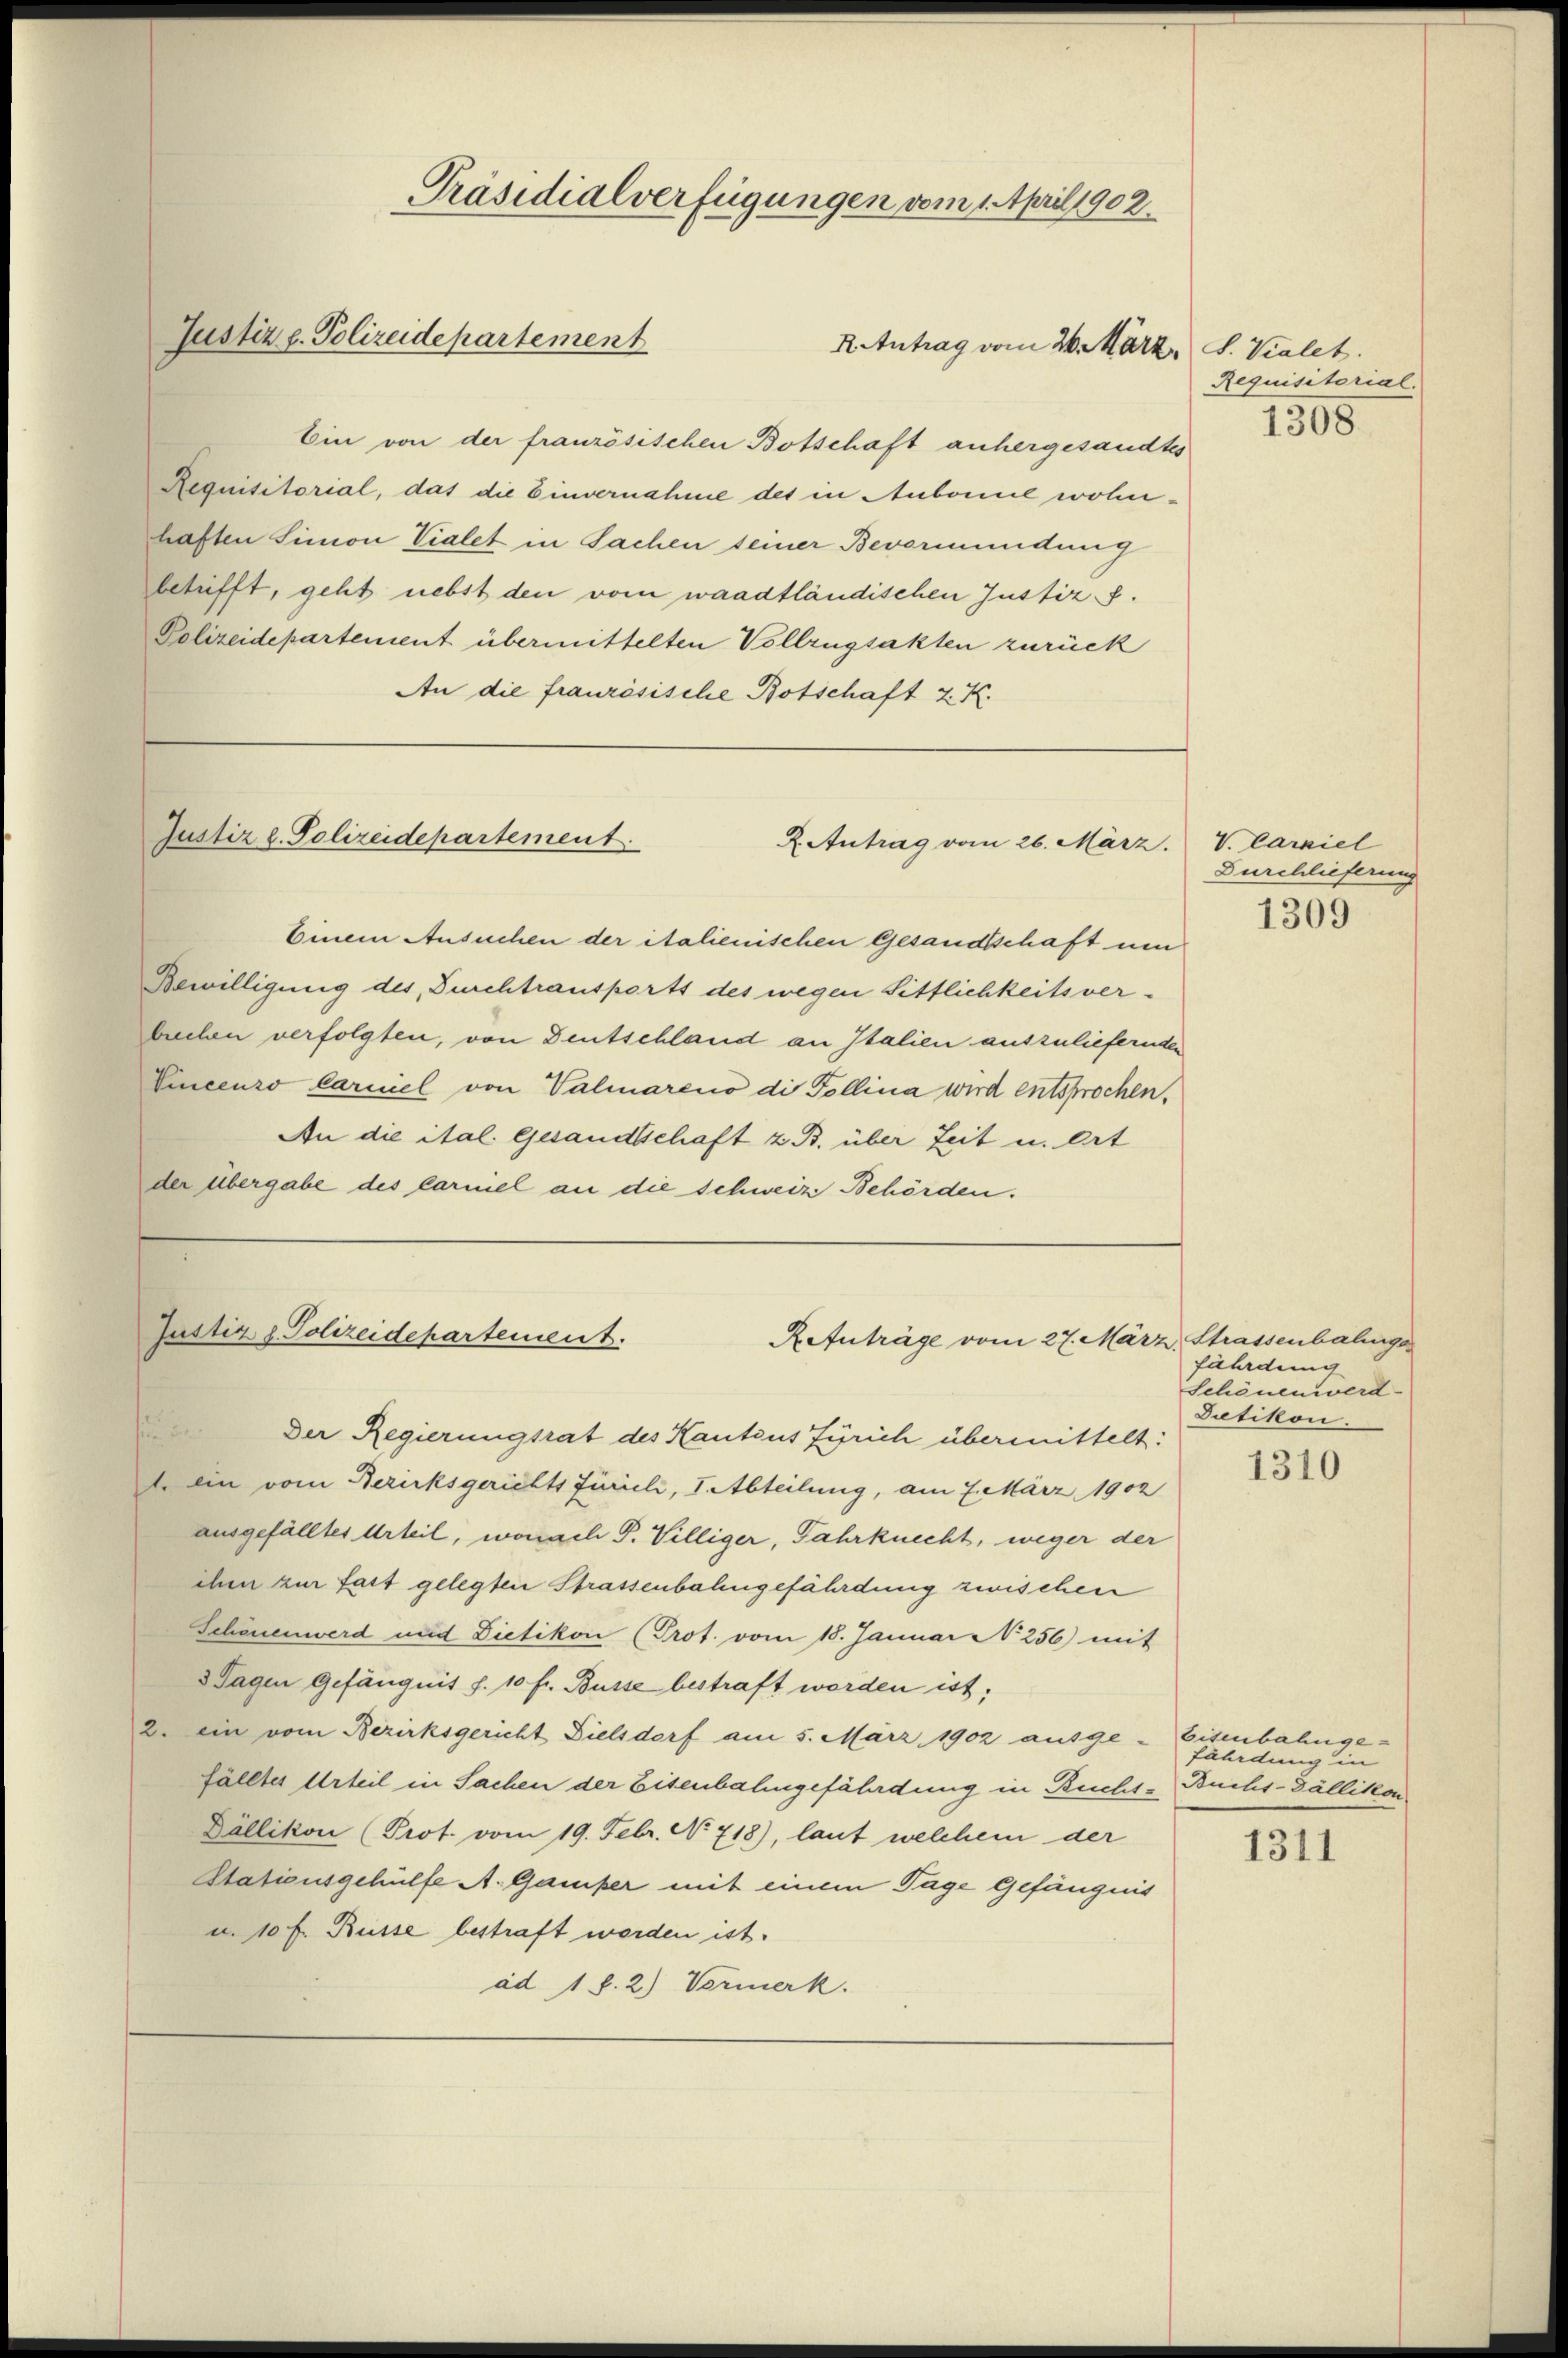
Präsidialverfügungen vom 1. April 1902.
Justiz z. Polizeidepartement
R Antrag vom 26. März. S. Valet.

Ein von der französischen Botschaft anhergesandtes
Requisitorial, das die Einvernahme des in Aubonne wohnhaften Simon Vialet in Sachen seiner Bevormundung
betrifft, geht nebst den vom waadtländischen Justiz s.
Polizeidepartement übermittelten Vollzugsakten zurück
An die französische Botschaft z. K.

Justiz u. Polizeidepartement
2. Antrag vom 26. März.

Justiz d. Polizeidepartement.
RAnträge vom 27. Mär.

Der Regierungsrat des Kantons Zürich übermittelt:
1. Ein vom Bezirksgerichts Jurieli, I. Abteilung, am 7. März 1902
ausgefälltes Urteil, wonach P. Villiger, Fahrknecht, weger der
chen zur Last gelegten Strassenbahngefährdung zwischen
Schönenwerd und Dietikon (Prot. vom 18. Januar No 256) mit
3 Tagen Gefängnis f. 10 fr. Busse bestraft worden ist,
2. ein vom Bezirksgericht Dielsdorf am 5. März 1902 ausge-Eisenbahnge-
fälltes Urteil in Sachen der Eisenbahngefährdung in Bucht-Buchs-Dällikon
Dällikon (Prot. vom 19. Febr. No 718), laut welchem der
Stationsgehülfe A. Gamper mit einem Tage Gefängnis
u. 10 f. Russe bestraft worden ist.
ad 1 S. 2) Vormerk.

Einem Ansuchen der italienischen Gesandtschaft um
Bewilligung des, Durchtransports des wegen Sittlichkeitsver-
buchen verfolgten, von Deutschland an Italien auszuliefernden
Vincenzo Carniel von Valmareno di Pollina wird entsprochen.
An die ital. Gesandtschaft z. B. über Zeit u. Ort
der übergabe des Carniel an die Schweize Behörden.

Requisitorial.

1308

V. Carziel
Durchlieferung

1309

2. Strassenbahnge
fährdung
Schönen werd
Dutikon.

1310

fährdung in

1311